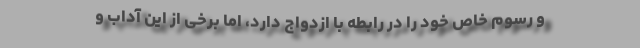
و رسوم خاص خود را در رابطه با ازدواج دارد، اما برخی از این آداب و